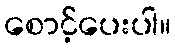
စောင့်ပေးပါ။